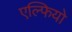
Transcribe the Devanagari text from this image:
एल्फियो